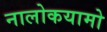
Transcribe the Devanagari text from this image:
नालोकयामो